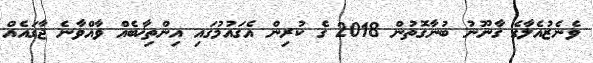
ވެނެޒުއެލާގެ ގާނޫނު ބުނާގޮތުން 2018 ގެ ކުރިން އެގައުމުގައި އިންތިޚާބެއް ވާއްވާނެ ޖާގައެއް